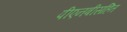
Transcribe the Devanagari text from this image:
पीएनबीसहित